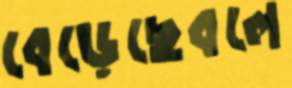
বেড়েছেবলে